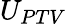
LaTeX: U_{PTV}